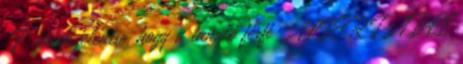
„F” érték jelentse, hogy a tanuló férfi ALTER TABLE